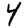
Digit: 4